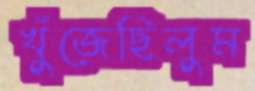
খুঁজেছিলুম